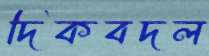
দিকবদল